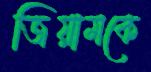
জিয়ামকে